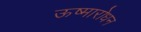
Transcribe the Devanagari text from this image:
ऊष्मारोधन